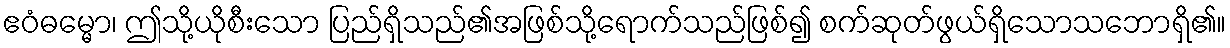
ဧဝံဓမ္မော၊ ဤသို့ယိုစီးသော ပြည်ရှိသည်၏အဖြစ်သို့ရောက်သည်ဖြစ်၍ စက်ဆုတ်ဖွယ်ရှိသောသဘောရှိ၏။